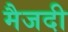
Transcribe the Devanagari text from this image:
मैजदी